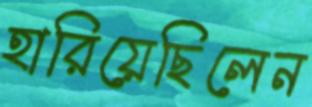
হারিয়েছিলেন